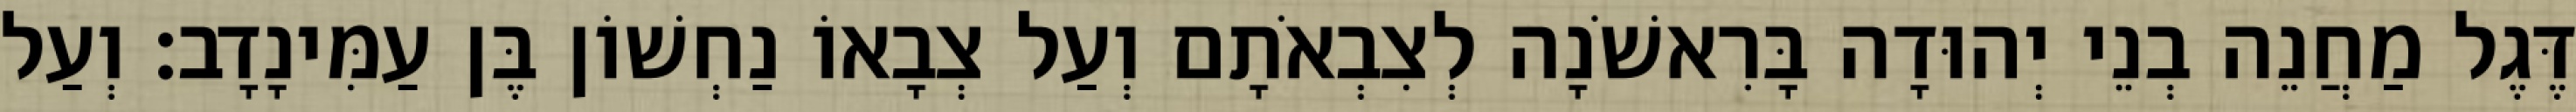
דֶּגֶל מַחֲנֵה בְנֵי יְהוּדָה בָּרִאשֹׁנָה לְצִבְאֹתָם וְעַל צְבָאוֹ נַחְשׁוֹן בֶּן עַמִּינָדָב׃ וְעַל